38_143685_box7_Incident_Summaries_1-100
Agency: Department of War
Page 95
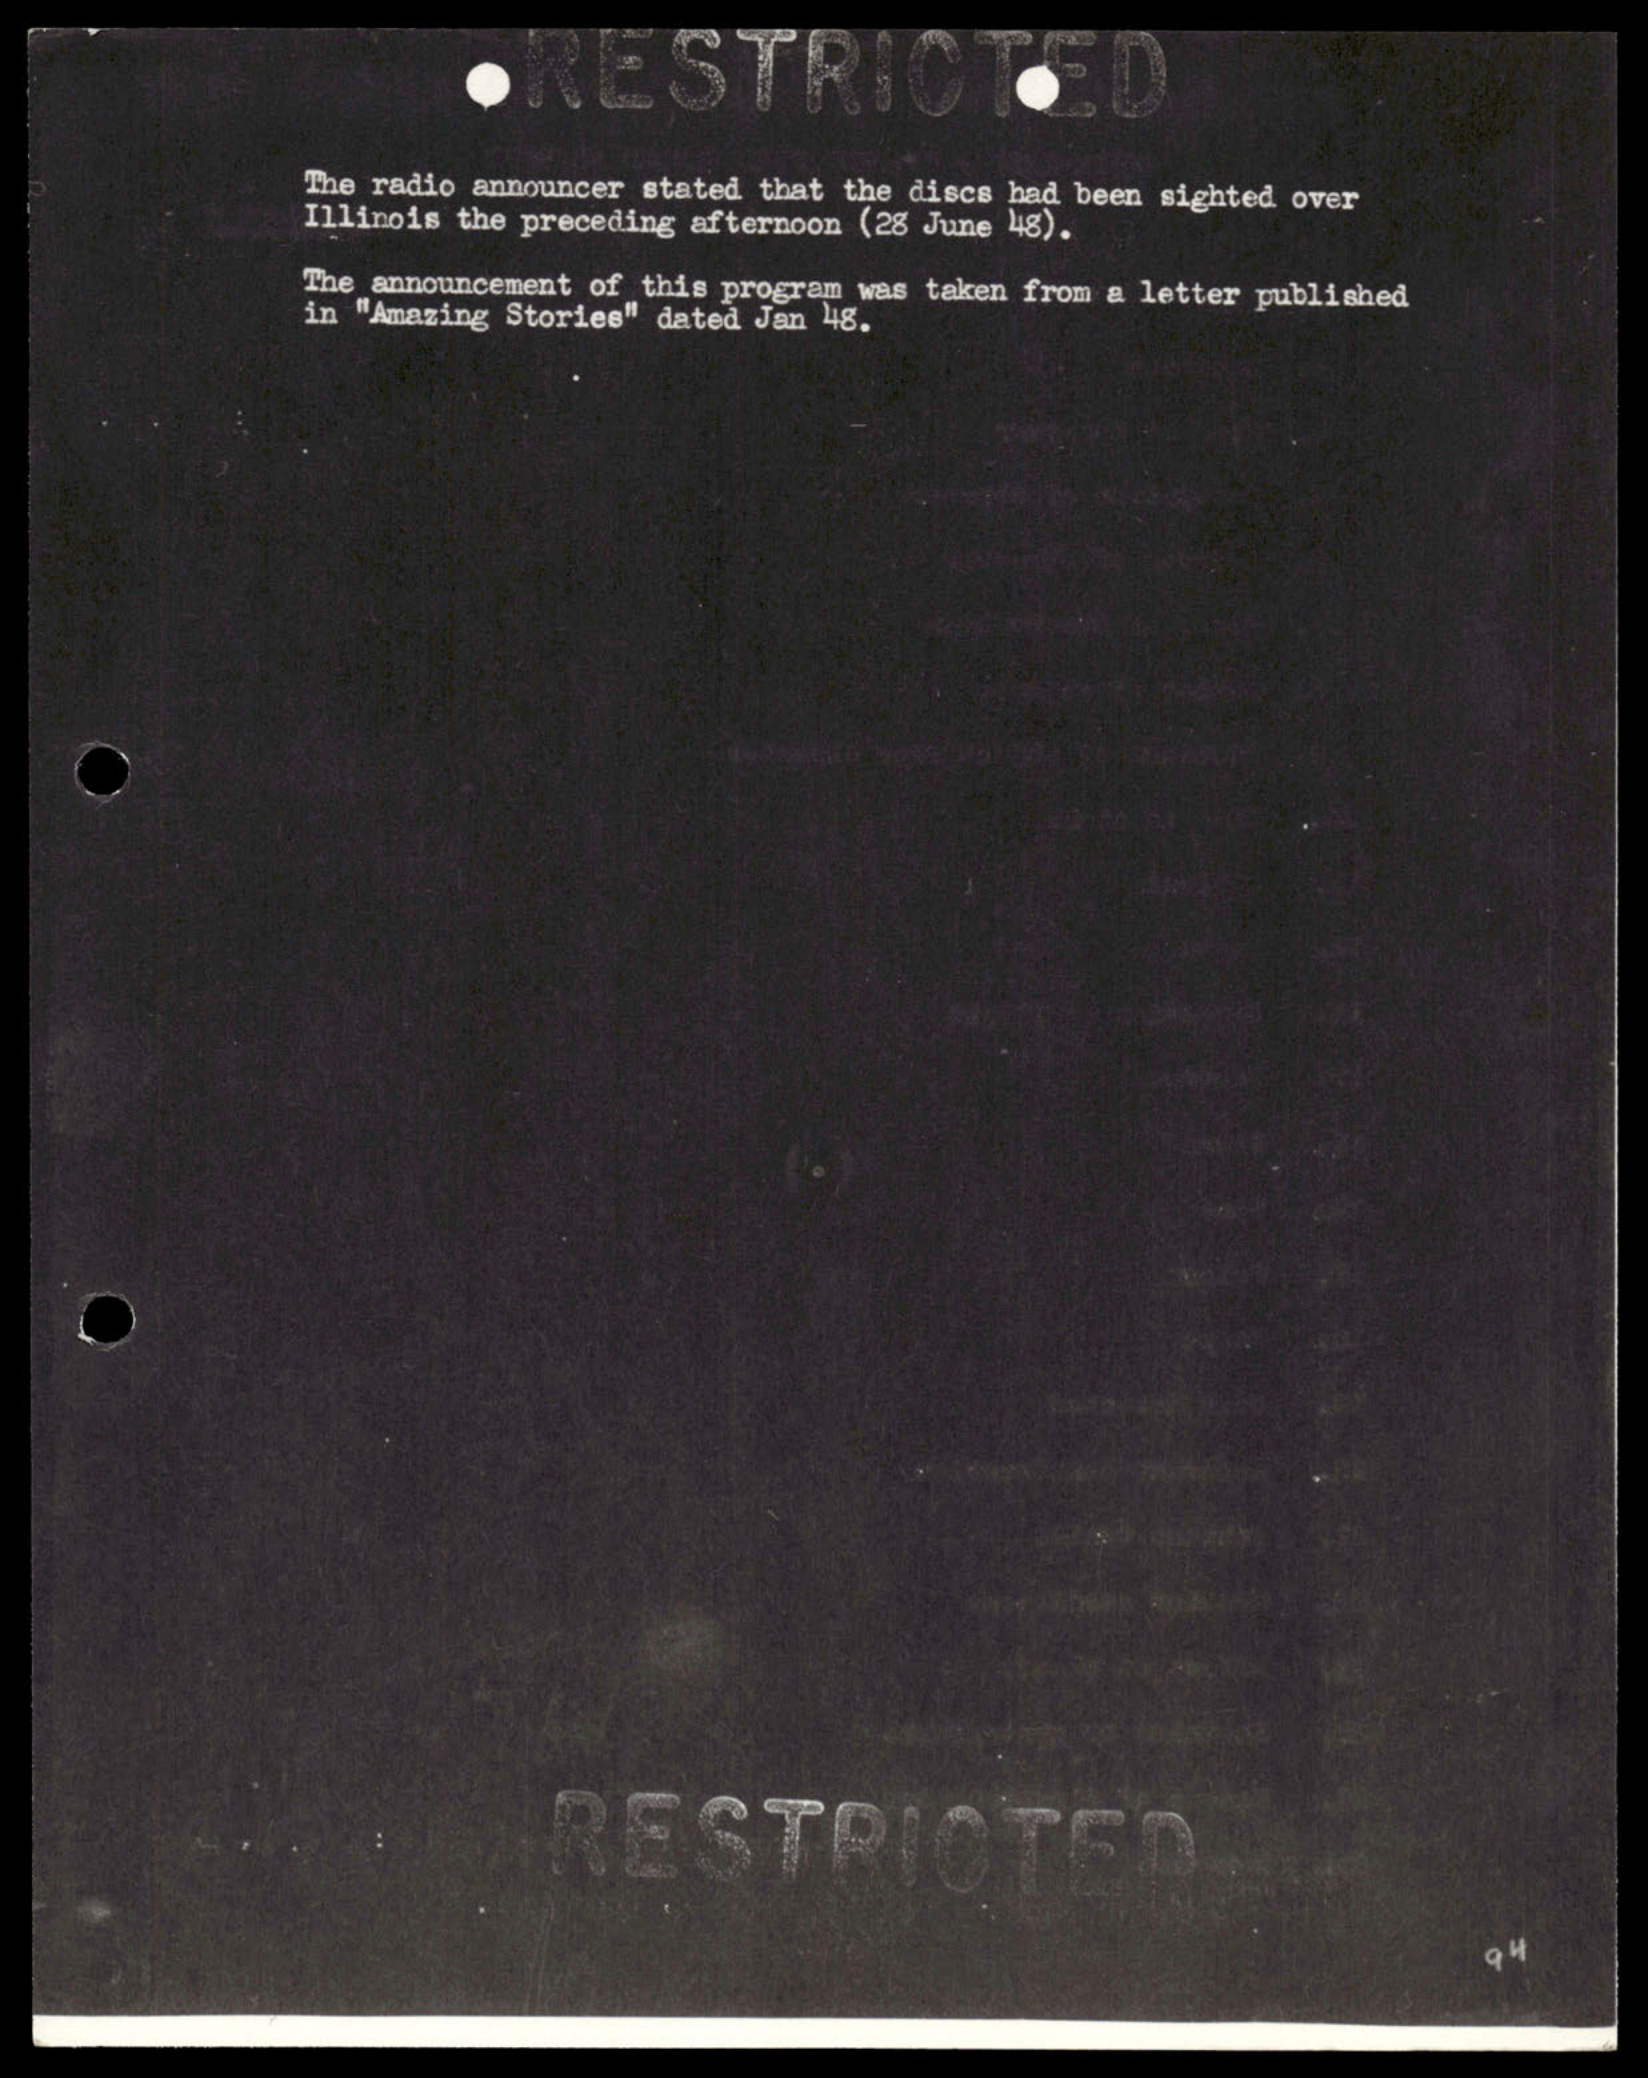